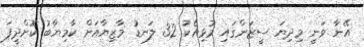
އޭނާ ވަނީ މިދިޔަ ސީޒަންގައި މުޅިއެކު 32 ލަނޑު މާޒިޔާއަށް ކާމިޔާބު ކޮށްދީފަ